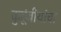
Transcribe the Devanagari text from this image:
कुटूंबीयांचा